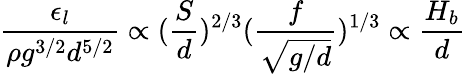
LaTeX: \frac{\epsilon_{l}}{\rho g^{3/2}d^{5/2}}\propto(\frac{S}{d})^{2/3}(\frac{f}{\sqrt{g/d}})^{1/3}\propto\frac{{H_{b}}}{d}